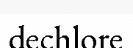
dechlore